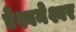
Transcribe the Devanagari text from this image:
ऐश्वनेश्वर